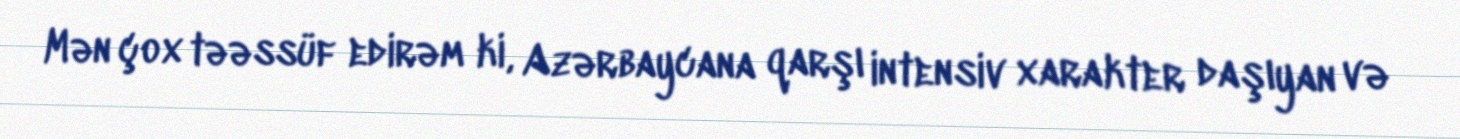
Mən çox təəssüf edirəm ki, Azərbaycana qarşı intensiv xarakter daşıyan və